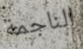
الناجمة